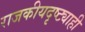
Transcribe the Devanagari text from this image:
राजकीयदृष्ट्याही